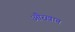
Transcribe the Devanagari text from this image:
औरख़ान